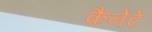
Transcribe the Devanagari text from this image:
कैनेंटे